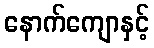
နောက်ကျောနှင့်